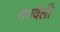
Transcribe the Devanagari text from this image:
रानवेली